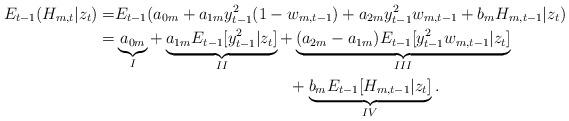
LaTeX: \begin{align*}E_{t-1}(H_{m,t}|z_t)=&E_{t-1}(a_{0m}+a_{1m}y^2_{t-1}(1-w_{m,t-1})+a_{2m}y^2_{t-1}w_{m,t-1}+b_mH_{m,t-1}|z_t)\\= &\underbrace{a_{0m}}_{I}+\underbrace{a_{1m}E_{t-1}[y^2_{t-1}|z_t]}_{II}+\underbrace{(a_{2m}-a_{1m})E_{t-1}[y^2_{t-1}w_{m,t-1}|z_t]}_{III} \\&\qquad\qquad\ \ \ \ \ \ \ \ \qquad\qquad+\underbrace{b_mE_{t-1}[H_{m,t-1}|z_t]}_{IV}.\end{align*}